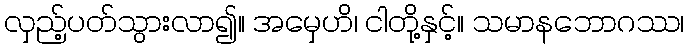
လှည့်ပတ်သွားလာ၍။ အမှေဟိ၊ ငါတို့နှင့်။ သမာနဘောဂဿ၊